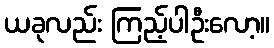
ယခုလည်း ကြည့်ပါဦးလော့။